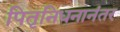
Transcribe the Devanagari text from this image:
पितृनिधनानंतर